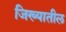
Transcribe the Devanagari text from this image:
जिख्यातील